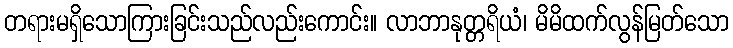
တရားမရှိသောကြားခြင်းသည်လည်းကောင်း။ လာဘာနုတ္တရိယံ၊ မိမိထက်လွန်မြတ်သော